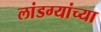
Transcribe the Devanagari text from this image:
लांडग्यांच्या